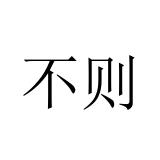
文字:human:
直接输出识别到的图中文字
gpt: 不则